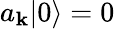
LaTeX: a_{\mathbf{k}}|0\rangle=0